Report of the Indian Hemp Drugs Commission, 1894-1895 - Volume VI
Year: 1894
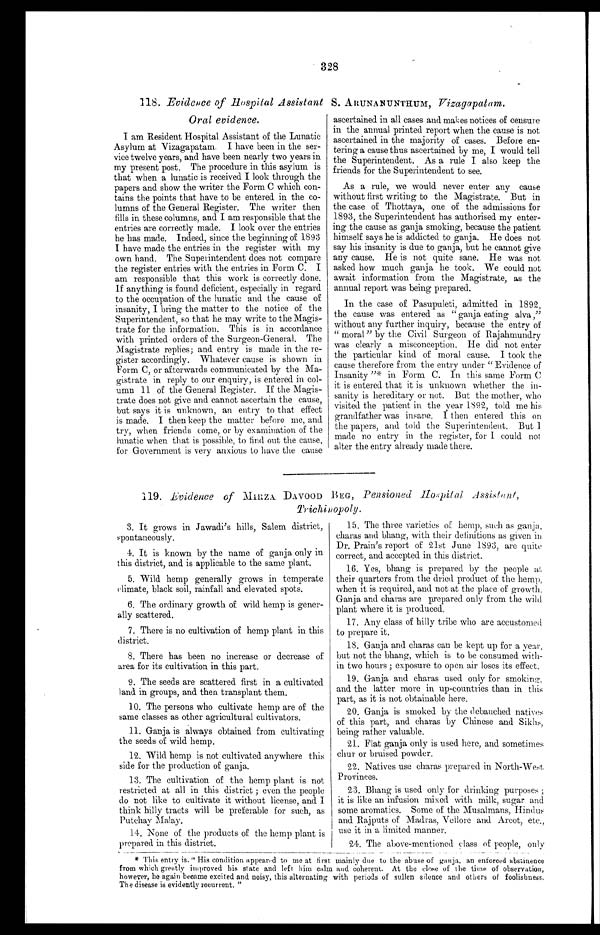
328
118. Evidence of Hospital Assistant S.ARUNANUNTHUM, Vizagapatam.
Oral evidence.
I am Resident Hospital Assistant of the Lunatic
Asylum at Vizagapatam. I have been in the ser-
- v i c e t w e l v e y e a r s , a n d h a v e b e e n n e a r l y t w o y e a r s i n
my present post. The procedure in this asylum is
that when a lunatic is received I look through the
papers and show the writer the Form C which con-
-tains the points that have to be entered in the co-
-lumns of the General Register. The writer then
fills in these columns, and I am responsible that the
entries are correctly made. I look over the entries
he has made. Indeed, since the beginning of 1893
I have made the entries in the register with my
own hand. The Superintendent does not compare
the register entries with the entries in Form C. I
am responsible that this work is correctly done.
If anything is found deficient, especially in regard
to the occupation of the lunatic and the cause of
insanity, I bring the matter to the notice of the
Superintendent, so that he may write to the Magis--
trate for the information. This is in accordance
with printed orders of the Surgeon-General. The
Magistrate replies; and entry is made in the re
-gister accordingly. Whatever cause is shown in
Form C, or afterwards communicated by the Ma--
gistrate in reply to our enquiry, is entered in col--
umn 11 of the General Register. If the Magis--
trate does not give and cannot ascertain the cause,
but says it is unknown, an entry to that effect
is made. I then keep the matter before me, and
try, when friends come, or by examination of the
lunatic when that is possible, to find out the cause,
for Government is very anxious to have the cause
ascertained in all cases and makes notices of censure
in the annual printed report when the cause is not
ascertained in the majority of cases. Before en--
tering a cause thus ascertained by me, I would tell
the Superintendent. As a rule I also keep the
friends for the Superintendent to see.
As a rule, we would never enter any cause
without first writing to the Magistrate. But in
the case of Thottaya, one of the admissions for
1893, the Superintendent has authorised my enter--
ing the cause as ganja smoking, because the patient
himself says he is addicted to ganja. He does not
say his insanity is due to ganja, but he cannot give
any cause. He is not quite sane. He was not
asked how much ganja he took. We could not
await information from the Magistrate, as the
annual report was being prepared.
In the case of Pasupuleti, admitted in 1892,
the cause was entered as "ganja eating alva ,"
without any further inquiry, because the entry of
" moral " by the Civil Surgeon of Rajahmundry
was clearly a misconception. He did not enter
the particular kind of moral cause. I took the
cause therefore from the entry under "Evidence of
Insanity "* in Form C. In this same Form C
it is entered that it is unknown whether the in--
sanity is hereditary or not. But the mother, who
visited the patient in the year 1892, told me his
grandfather was insane. I then entered this on
the papers, and told the Superintendent. But 1
made no entry in the register, for I could not
alter the entry already made there.
119. Evidence of MIRZA DAVOOD BEG, Pensioned Hospital Assistant,
Trichinopoly.
3. It grows in Jawadi's hills, Salem district,
spontaneously.
4. It is known by the name of ganja only in
this district, and is applicable to the same plant.
5. Wild hemp generally grows in temperate
climate, black soil, rainfall and elevated spots.
6. The ordinary growth of wild hemp is gener-
-ally scattered.
7. There is no cultivation of hemp plant in this
district.
8. There has been no increase or decrease of
area for its cultivation in this part.
9. The seeds are scattered first in a cultivated
land in groups, and then transplant them.
10. The persons who cultivate hemp are of the
same classes as other agricultural cultivators.
11. Ganja is always obtained from cultivating
the seeds of wild hemp.
12. Wild hemp is not cultivated anywhere this
side for the production of ganja.
13. The cultivation of the hemp plant is not
restricted at all in this district ; even the people
do not like to cultivate it without license, and
t h i n k I h i l l y t r a c t s wi l l b e p r e f e r a b l e f o r s u c h , a s
Putchav Malay.
14. None of the products of the hemp plant is
prepared in this district.
15. The three varieties of hemp, such as ganja,
charas and bhang, with their definitions as given in
Dr. Prain's report of 21st June 1893, are quite
correct, and accepted in this district.
16. Yes, bhang is prepared by the people at
their quarters from the dried product of the hemp,
when it is required, and not at the place of growth.
Ganja and charas are prepared only from the wild
plant where it is produced.
17. Any class of hilly tribe who are accustomed
to prepare it.
18. Ganja and charas can be kept up for a year,
but not the bhang, which is to be consumed with-
- i n t w o h o u r s ; e x p o s u r e t o o p e n a i r l o s e s i t s e f f e c t .
19. Ganja and charas used only for smoking
and the latter more in up-countries than in this
part, as it is not obtainable here.
20. Ganja is smoked by the debauched natives
of this part, and charas by Chinese and Sikhs,
being rather valuable.
21. Flat ganja only is used here, and sometimes
chur or bruised powder.
22. Natives use charas prepared in North-West
Provinces.
23. Bhang is used only for drinking purposes ;
it is like an infusion mixed with milk, sugar and
some aromatics. Some of the Musalmans, Hindus
and Rajputs of Madras, Vellore and Arcot, etc.,
use it in a limited manner.
24. The above-mentioned class of people, only
* This entry is, " His condition appeared to me at first mainly due to the abuse of ganja, an enforced abstinence
from which greatly improved his state and left him calm and coherent. At the close of the time of observation,
however, he again became excited and noisy, this alternating with periods of sullen silence and others of foolishness.
The disease is evidently recurrent. "